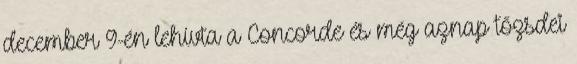
december 9-én lehívta a Concorde és még aznap tőzsdei